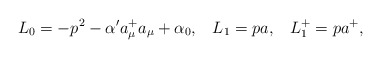
\begin{align*}L_0 =-p^2-\alpha'a_\mu^+a_\mu+\alpha_0,\;\;\;L_1 = pa,\;\;\; L_1^+=pa^+,\end{align*}